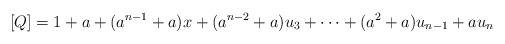
LaTeX: \begin{align*}[Q] = 1 + a + (a^{n-1} + a)x + (a^{n-2}+a)u_3 + \cdots + (a^2 +a)u_{n-1} + au_n\end{align*}